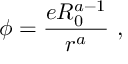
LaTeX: \phi = \frac { e R _ { 0 } ^ { a - 1 } } { r ^ { a } } \ ,